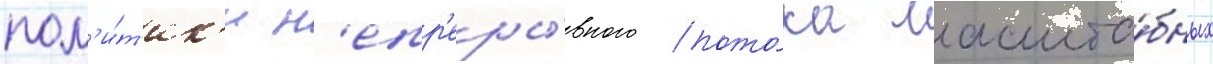
пол'и́т'ик'и н'епр'еры́вного пото́ка масшта́бных